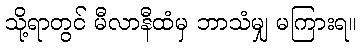
သို့ရာတွင် မီလာနီထံမှ ဘာသံမျှ မကြားရ။